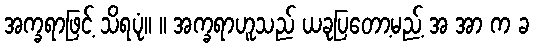
အက္ခရာဖြင့် သိရပုံ။ ။ အက္ခရာဟူသည် ယခုပြတော့မည့် အ အာ က ခ